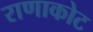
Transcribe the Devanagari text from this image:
राणाकोट